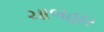
ચાબહાર